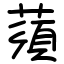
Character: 蕦